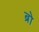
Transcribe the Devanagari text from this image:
ब्रो